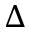
\Delta